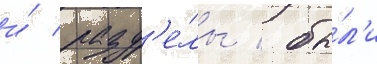
и́ разд'е́лы / бы́л'и